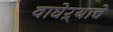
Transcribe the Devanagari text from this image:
वाघेऱ्याचे